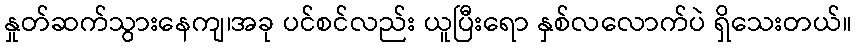
နှုတ်ဆက်သွားနေကျ၊အခု ပင်စင်လည်း ယူပြီးရော နှစ်လလောက်ပဲ ရှိသေးတယ်။